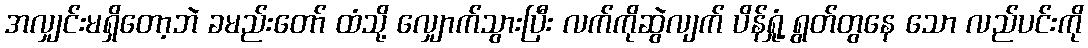
အလျှင်းမရှိတော့ဘဲ ခမည်းတော် ထံသို့ လျှောက်သွားပြီး လက်ကိုဆွဲလျက် ပိန်ရှုံ့ ရွတ်တွနေ သော လည်ပင်းကို